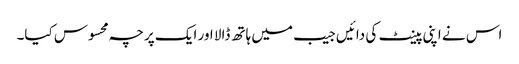
اس نے اپنی پینٹ کی دائیں جیب میں ہاتھ ڈالا اور ایک پرچہ محسوس کیا۔